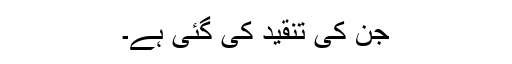
جن کی تنقید کی گئی ہے۔